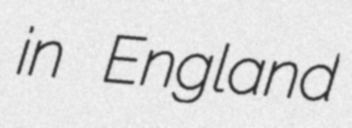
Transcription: in England